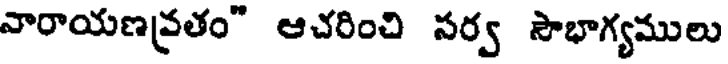
వారాయణవ్రతం" ఆచరించి సర్వ సౌభాగ్యములు